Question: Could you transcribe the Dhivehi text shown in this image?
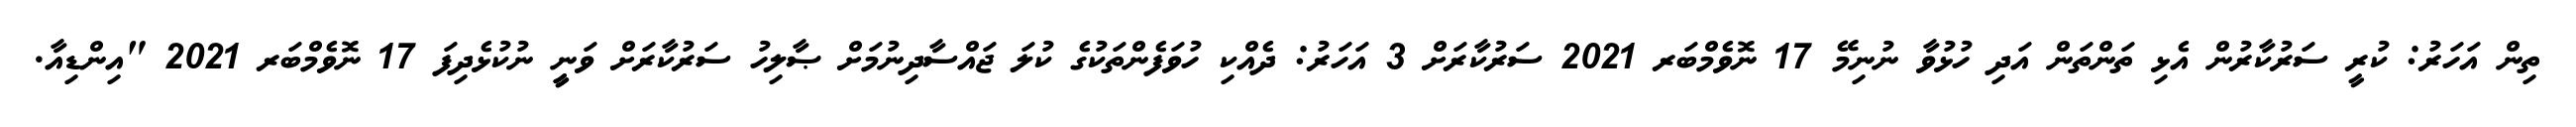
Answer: ތިން އަހަރު: ކުރީ ސަރުކާރުން އެޅި ތަންތަން އަދި ހުޅުވާ ނުނިމޭ 17 ނޮވެމްބަރ 2021 ސަރުކާރަށް 3 އަހަރު: ދެއްކި ހުވަފެންތަކުގެ ކުލަ ޖައްސާދިނުމަށް ޞާލިހު ސަރުކާރަށް ވަނީީ ނުކުޅެދިފަ 17 ނޮވެމްބަރ 2021 "އިންޑިއާ.